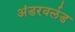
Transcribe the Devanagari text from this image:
अंडरवर्लड